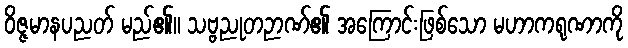
ဝိဇ္ဇမာနပညတ် မည်၏။ သဗ္ဗညုတဉာဏ်၏ အကြောင်းဖြစ်သော မဟာကရုဏာကို